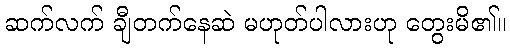
ဆက်လက် ချီတက်နေဆဲ မဟုတ်ပါလားဟု တွေးမိ၏။